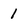
Character: 1